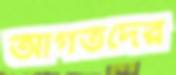
আগতদের